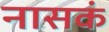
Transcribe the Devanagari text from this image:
नासकं